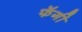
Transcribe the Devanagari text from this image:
फॅगी